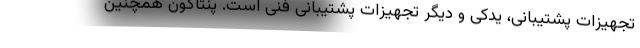
تجهیزات پشتیبانی، یدکی و دیگر تجهیزات پشتیبانی فنی است. پنتاگون همچنین